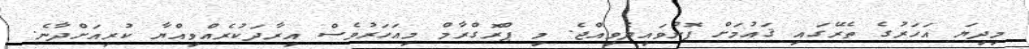
މިދިޔަ އަހަރުގެ ތެރޭގައި ޤައުމަށް ފޮނުވައިދެވިއްޖެ. މި ޕްރޮގްރާމް މިއަހަރުވެސް އިރާދަކުރެއްވިއްޔާ ކުރިއަށްދާނެ.